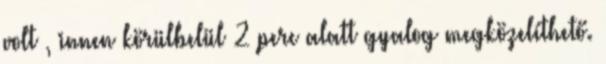
volt , innen körülbelül 2 perc alatt gyalog megközelíthető.